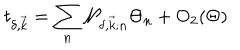
LaTeX: t _ { \delta , \vec { k } } = \sum _ { n } { \cal N } _ { \delta , \vec { k } ; n } \Theta _ { n } + { \mathrm { O } } _ { 2 } ( \Theta )